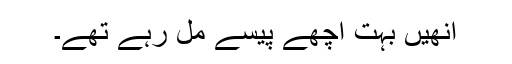
انھیں بہت اچھے پیسے مل رہے تھے۔